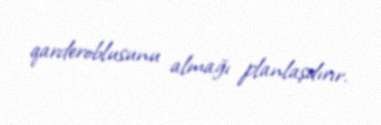
qarderoblusunu almağı planlaşdırır.